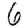
Digit: 6